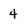
Character: 4